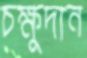
চক্ষুদান